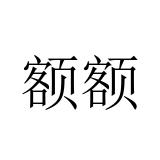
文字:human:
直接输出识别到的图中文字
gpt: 额额